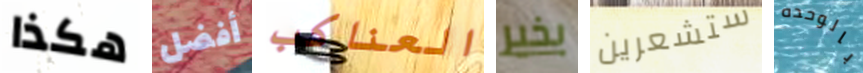
هكذا أفضل العناكب بخير ستشعرين بالوحده